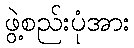
ဖွဲ့စည်းပုံအား